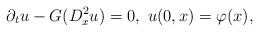
\begin{align*}\partial_t u-G(D_x^2u)=0, \ u(0,x)=\varphi(x),\end{align*}